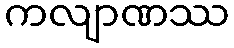
ကလျာဏဿ